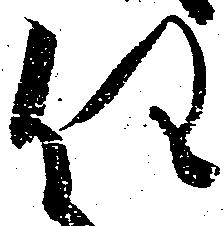
任